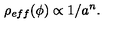
\rho _ { e f f } ( \phi ) \propto 1 / a ^ { n } .